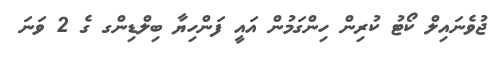
ޖުވެނައިލް ކޯޓު ކުރިން ހިންގަމުން އައީ ފަންހިޔާ ބިލްޑިންގ ގެ 2 ވަނަ